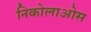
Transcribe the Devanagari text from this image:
निकोलाओस